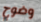
وضوح